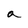
Character: a